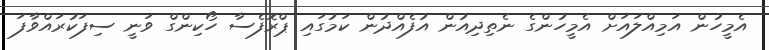
އެމީހުން އަމިއްލައަށް އެމީހުންގެ ނެތިދިއުން އުފެއްދުން ކަމުގައި ޕްރޮފެސާ ހޯކިންގް ވަނީ ސިފަކުރައްވާފަ